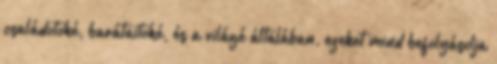
családotoké, barátaitoké, és a világé általában, ezeket mind befolyásolja